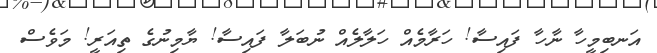
އަނބިމީހާ ނާހާ ފައިސާ! ހަރާމެއް ހަލާލެއް ނުބަލާ ފައިސާ! ޔާމިނުގެ ތިއަރީ! މަވެސް